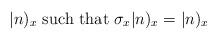
LaTeX: \begin{align*}|{n})_{{x}} \mbox{ such that } {\sigma}_{{x}} |{n})_{{x}}= |{n})_{{x}}\end{align*}